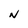
Character: N